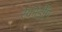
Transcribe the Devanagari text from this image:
रेकौर्डींग